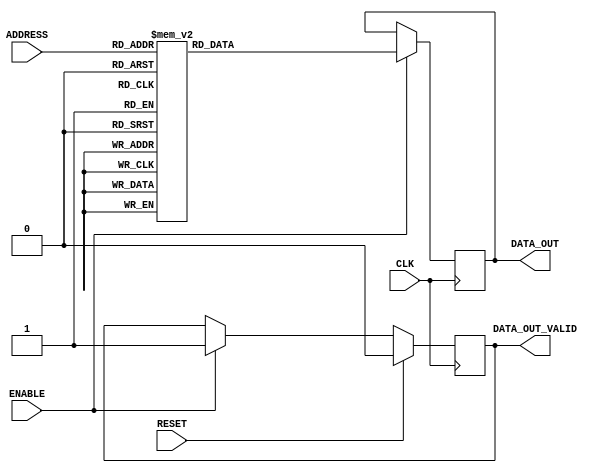
// This program was cloned from: https://github.com/VeriGOOD-ML/public
// License: Apache License 2.0

`timescale 1ns/1ps

module ROM_ASIC #(
// Parameters
    parameter   DATA_WIDTH          = 16,
    parameter   ADDR_WIDTH          = 6,
    parameter   INIT                = "weight.txt",
    parameter   TYPE                = "block",
    parameter   ROM_DEPTH           = 1<<ADDR_WIDTH
) (
// Port Declarations
    input  wire                         CLK,
    input  wire                         RESET,
    input  wire  [ADDR_WIDTH-1:0]       ADDRESS,
    input  wire                         ENABLE,
    output reg   [DATA_WIDTH-1:0]       DATA_OUT,
    output reg                          DATA_OUT_VALID
);

// ******************************************************************
// Internal variables
// ******************************************************************

  localparam DEPTH = ROM_DEPTH;

  reg     [DATA_WIDTH-1:0]        rdata;
  wire     [ADDR_WIDTH-1:0]        address;

  assign address = ADDRESS;


  // `include "instructions.v"   // TODO
  always @(*) begin
	case(address)
/*****************************************************************************************/
//
// read [True, False, False, False]
// ['x(0,)', 'x(1,)', 'x(2,)', 'x(3,)', 'y(5,)', 'y(7,)', 'y(6,)', 'y(4,)', None, None, None, None, None, None, None, None]
// Data values: [1, -1, 0, -1, 1, 0, -3, -2, None, None, None, None, None, None, None, None]
// Dest PEs: [1, 2, 3, 4, 10, 18, 26, 27, None, None, None, None, None, None, None, None]
6'd0: rdata =    56'b00000000000000000000000000000000000000000000000000000001;
//
// shift amount: 15, Lanes IDs: [1, 2, 3, 4]
6'd1: rdata =    56'b00000000000000000000000000000000000100100100100001011111;
//
// read [True, False, False, False]
// ['x(4,)', 'x(5,)', 'x(6,)', 'x(7,)', 'y(5,)', 'y(7,)', 'y(6,)', 'y(4,)', None, None, None, None, None, None, None, None]
// Data values: [-3, 0, -2, -3, 1, 0, -3, -2, None, None, None, None, None, None, None, None]
// Dest PEs: [5, 6, 7, 9, 10, 18, 26, 27, None, None, None, None, None, None, None, None]
6'd2: rdata =    56'b00000000000000000000000000000000000000000000000000000001;
//
// shift amount: 10, Lanes IDs: [9]
6'd3: rdata =    56'b00000000000000000000100000000000000000000000000001011010;
//
// shift amount: 11, Lanes IDs: [5, 6, 7]
6'd4: rdata =    56'b00000000000000000000000000100100100000000000000001011011;
//
// read [True, False, False, False]
// ['x(8,)', 'x(9,)', 'x(10,)', 'x(11,)', 'y(5,)', 'y(7,)', 'y(6,)', 'y(4,)', None, None, None, None, None, None, None, None]
// Data values: [-2, -3, -1, 1, 1, 0, -3, -2, None, None, None, None, None, None, None, None]
// Dest PEs: [10, 11, 12, 13, 10, 18, 26, 27, None, None, None, None, None, None, None, None]
6'd5: rdata =    56'b00000000000000000000000000000000000000000000000000000001;
//
// shift amount: 6, Lanes IDs: [10, 11, 12, 13]
6'd6: rdata =    56'b00000000100100100100000000000000000000000000000001010110;
//
// read [True, False, False, False]
// ['x(12,)', 'x(13,)', 'x(14,)', 'x(15,)', 'y(5,)', 'y(7,)', 'y(6,)', 'y(4,)', None, None, None, None, None, None, None, None]
// Data values: [0, 1, 0, -2, 1, 0, -3, -2, None, None, None, None, None, None, None, None]
// Dest PEs: [14, 15, 17, 18, 10, 18, 26, 27, None, None, None, None, None, None, None, None]
6'd7: rdata =    56'b00000000000000000000000000000000000000000000000000000001;
//
// shift amount: 1, Lanes IDs: [1, 2]
6'd8: rdata =    56'b00000000000000000000000000000000000000001101100001010001;
//
// shift amount: 2, Lanes IDs: [14, 15]
6'd9: rdata =    56'b00100100000000000000000000000000000000000000000001010010;
//
// read [True, False, False, False]
// ['x(16,)', 'x(17,)', 'x(18,)', 'x(19,)', 'y(5,)', 'y(7,)', 'y(6,)', 'y(4,)', None, None, None, None, None, None, None, None]
// Data values: [-2, 1, 1, 0, 1, 0, -3, -2, None, None, None, None, None, None, None, None]
// Dest PEs: [19, 20, 21, 22, 10, 18, 26, 27, None, None, None, None, None, None, None, None]
6'd10: rdata =   56'b00000000000000000000000000000000000000000000000000000001;
//
// shift amount: 13, Lanes IDs: [3, 4, 5, 6]
6'd11: rdata =   56'b00000000000000000000000000001101101101100000000001011101;
//
// read [True, True, False, False]
// ['x(20,)', 'x(21,)', 'x(22,)', 'x(23,)', 'y(5,)', 'y(7,)', 'y(6,)', 'y(4,)', None, None, None, None, None, None, None, None]
// Data values: [1, 2, -2, -2, 1, 0, -3, -2, None, None, None, None, None, None, None, None]
// Dest PEs: [23, 25, 26, 27, 10, 18, 26, 27, None, None, None, None, None, None, None, None]
6'd12: rdata =   56'b00000000000000000000000000000000000000000000000000000011;
//
// shift amount: 3, Lanes IDs: [2]
6'd13: rdata =   56'b00000000000000000000000000000000000000001100000001010011;
//
// shift amount: 8, Lanes IDs: [9, 10, 11]
6'd14: rdata =   56'b00000000000001101101100000000000000000000000000001011000;
//
// shift amount: 9, Lanes IDs: [7]
6'd15: rdata =   56'b00000000000000000000000001100000000000000000000001011001;
//
// shift amount: 10, Lanes IDs: [10]
6'd16: rdata =   56'b00000000000000000100000000000000000000000000000001011010;
//
// shift amount: 12, Lanes IDs: [10, 11]
6'd17: rdata =   56'b00000000000001101100000000000000000000000000000001011100;
//
// read [True, False, False, False]
// ['x(24,)', 'x(25,)', 'x(26,)', 'x(27,)', 'y(9,)', 'y(2,)', 'y(8,)', 'y(0,)', None, None, None, None, None, None, None, None]
// Data values: [-3, -1, -1, -2, 1, -1, -3, 1, None, None, None, None, None, None, None, None]
// Dest PEs: [28, 29, 30, 31, 34, 42, 59, 61, None, None, None, None, None, None, None, None]
6'd18: rdata =   56'b00000000000000000000000000000000000000000000000000000001;
//
// shift amount: 4, Lanes IDs: [12, 13, 14, 15]
6'd19: rdata =   56'b01101101101100000000000000000000000000000000000001010100;
//
// read [True, False, False, False]
// ['x(28,)', 'x(29,)', 'x(30,)', 'x(31,)', 'y(9,)', 'y(2,)', 'y(8,)', 'y(0,)', None, None, None, None, None, None, None, None]
// Data values: [0, 0, 0, -3, 1, -1, -3, 1, None, None, None, None, None, None, None, None]
// Dest PEs: [33, 34, 35, 36, 34, 42, 59, 61, None, None, None, None, None, None, None, None]
6'd20: rdata =   56'b00000000000000000000000000000000000000000000000000000001;
//
// shift amount: 15, Lanes IDs: [1, 2, 3, 4]
6'd21: rdata =   56'b00000000000000000000000000000000010110110110100001011111;
//
// read [True, False, False, False]
// ['x(32,)', 'x(33,)', 'x(34,)', 'x(35,)', 'y(9,)', 'y(2,)', 'y(8,)', 'y(0,)', None, None, None, None, None, None, None, None]
// Data values: [0, 2, -1, -2, 1, -1, -3, 1, None, None, None, None, None, None, None, None]
// Dest PEs: [37, 38, 39, 41, 34, 42, 59, 61, None, None, None, None, None, None, None, None]
6'd22: rdata =   56'b00000000000000000000000000000000000000000000000000000001;
//
// shift amount: 10, Lanes IDs: [9]
6'd23: rdata =   56'b00000000000000000010100000000000000000000000000001011010;
//
// shift amount: 11, Lanes IDs: [5, 6, 7]
6'd24: rdata =   56'b00000000000000000000000010110110100000000000000001011011;
//
// read [True, False, False, False]
// ['x(36,)', 'x(37,)', 'x(38,)', 'x(39,)', 'y(9,)', 'y(2,)', 'y(8,)', 'y(0,)', None, None, None, None, None, None, None, None]
// Data values: [2, -2, -2, -3, 1, -1, -3, 1, None, None, None, None, None, None, None, None]
// Dest PEs: [42, 43, 44, 45, 34, 42, 59, 61, None, None, None, None, None, None, None, None]
6'd25: rdata =   56'b00000000000000000000000000000000000000000000000000000001;
//
// shift amount: 6, Lanes IDs: [10, 11, 12, 13]
6'd26: rdata =   56'b00000010110110110100000000000000000000000000000001010110;
//
// read [True, False, False, False]
// ['x(40,)', 'x(41,)', 'x(42,)', 'x(43,)', 'y(9,)', 'y(2,)', 'y(8,)', 'y(0,)', None, None, None, None, None, None, None, None]
// Data values: [2, -2, 1, -2, 1, -1, -3, 1, None, None, None, None, None, None, None, None]
// Dest PEs: [46, 47, 49, 50, 34, 42, 59, 61, None, None, None, None, None, None, None, None]
6'd27: rdata =   56'b00000000000000000000000000000000000000000000000000000001;
//
// shift amount: 1, Lanes IDs: [1, 2]
6'd28: rdata =   56'b00000000000000000000000000000000000000011111100001010001;
//
// shift amount: 2, Lanes IDs: [14, 15]
6'd29: rdata =   56'b10110100000000000000000000000000000000000000000001010010;
//
// read [True, False, False, False]
// ['x(44,)', 'x(45,)', 'x(46,)', 'x(47,)', 'y(9,)', 'y(2,)', 'y(8,)', 'y(0,)', None, None, None, None, None, None, None, None]
// Data values: [-3, 2, -3, 2, 1, -1, -3, 1, None, None, None, None, None, None, None, None]
// Dest PEs: [51, 52, 53, 54, 34, 42, 59, 61, None, None, None, None, None, None, None, None]
6'd30: rdata =   56'b00000000000000000000000000000000000000000000000000000001;
//
// shift amount: 13, Lanes IDs: [3, 4, 5, 6]
6'd31: rdata =   56'b00000000000000000000000000011111111111100000000001011101;
//
// read [True, False, False, False]
// ['x(48,)', 'x(49,)', 'x(50,)', 'x(51,)', 'y(9,)', 'y(2,)', 'y(8,)', 'y(0,)', None, None, None, None, None, None, None, None]
// Data values: [2, -1, -3, 0, 1, -1, -3, 1, None, None, None, None, None, None, None, None]
// Dest PEs: [55, 57, 58, 59, 34, 42, 59, 61, None, None, None, None, None, None, None, None]
6'd32: rdata =   56'b00000000000000000000000000000000000000000000000000000001;
//
// shift amount: 8, Lanes IDs: [9, 10, 11]
6'd33: rdata =   56'b00000000000011111111100000000000000000000000000001011000;
//
// shift amount: 9, Lanes IDs: [7]
6'd34: rdata =   56'b00000000000000000000000011100000000000000000000001011001;
//
// read [True, True, False, False]
// ['x(52,)', 'x(53,)', 'x(54,)', 'x(55,)', 'y(9,)', 'y(2,)', 'y(8,)', 'y(0,)', None, None, None, None, None, None, None, None]
// Data values: [-2, 2, -1, 1, 1, -1, -3, 1, None, None, None, None, None, None, None, None]
// Dest PEs: [60, 61, 62, 63, 34, 42, 59, 61, None, None, None, None, None, None, None, None]
6'd35: rdata =   56'b00000000000000000000000000000000000000000000000000000011;
//
// shift amount: 2, Lanes IDs: [2]
6'd36: rdata =   56'b00000000000000000000000000000000000000010100000001010010;
//
// shift amount: 11, Lanes IDs: [10, 11]
6'd37: rdata =   56'b00000000000011110100000000000000000000000000000001011011;
//
// shift amount: 4, Lanes IDs: [12, 13, 14, 15]
6'd38: rdata =   56'b11111111111100000000000000000000000000000000000001010100;
//
// shift amount: 10, Lanes IDs: [13]
6'd39: rdata =   56'b00000011100000000000000000000000000000000000000001011010;
//
// read [True, True, False, False]
// ['x(56,)', 'x(57,)', 'x(58,)', 'x(59,)', 'y(3,)', 'y(1,)', None, None, None, None, None, None, None, None, None, None]
// Data values: [0, 1, 0, 0, -2, 0, None, None, None, None, None, None, None, None, None, None]
// Dest PEs: [1, 2, 3, 4, 2, 3, None, None, None, None, None, None, None, None, None, None]
6'd40: rdata =   56'b00000000000000000000000000000000000000000000000000000011;
//
// shift amount: 15, Lanes IDs: [1, 2, 3, 4]
6'd41: rdata =   56'b00000000000000000000000000000000000100100100100001011111;
//
// shift amount: 2, Lanes IDs: [2, 3]
6'd42: rdata =   56'b00000000000000000000000000000000000000100100000001010010;
//
// read [True, False, False, False]
// ['x(60,)', 'x(61,)', 'x(62,)', 'x(63,)', None, None, None, None, None, None, None, None, None, None, None, None]
// Data values: [-1, -3, 2, 0, None, None, None, None, None, None, None, None, None, None, None, None]
// Dest PEs: [5, 6, 7, 9, None, None, None, None, None, None, None, None, None, None, None, None]
6'd43: rdata =   56'b00000000000000000000000000000000000000000000000000000001;
//
// shift amount: 10, Lanes IDs: [9]
6'd44: rdata =   56'b00000000000000000000100000000000000000000000000001011010;
//
// shift amount: 11, Lanes IDs: [5, 6, 7]
6'd45: rdata =   56'b00000000000000000000000000100100100000000000000001011011;
//
// wfi
6'd46: rdata =   56'b00000000000000000000000000000000000000000000000001100000;
//
// loop
6'd47: rdata =   56'b00000000000000000000000000000000000000000000000001110000;/****************************************************************************************/
default: rdata = 56'b00000000000000000000000000000000000000000000000001110000;

	endcase
	end

    //reg     [ADDR_WIDTH-1:0]        address;

// ******************************************************************
// Read Logic
// ******************************************************************

    always @ (posedge CLK)
    begin : READ_VALID
        if (RESET) begin
            DATA_OUT_VALID <= 1'b0;
        end else if (ENABLE) begin
            DATA_OUT_VALID <= 1'b1;
        end
    end



 always @(posedge CLK) begin
    if (ENABLE)
        DATA_OUT <= rdata;
end

endmodule